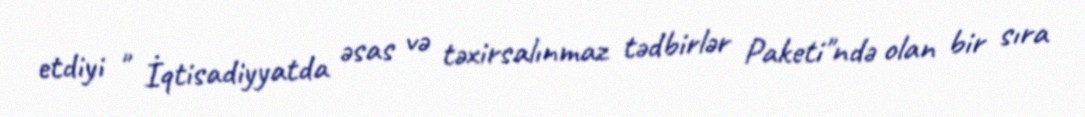
etdiyi " İqtisadiyyatda əsas və təxirsalınmaz tədbirlər Paketi"ndə olan bir sıra